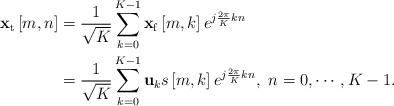
LaTeX: \begin{align*} \begin{aligned} {{\bf{x}}_{\rm t}}\left[ {m,n} \right] &= \frac{1}{{\sqrt K }}\sum\limits_{k = 0}^{K - 1} {{{\bf{x}}_{\rm f}}\left[ {m,k} \right]{e^{j\frac{{2\pi }}{K}kn}}}\\ &= \frac{1}{{\sqrt K }}\sum\limits_{k = 0}^{K - 1} {{{\bf{u}}_k}s\left[ {m,k} \right]{e^{j\frac{{2\pi }}{K}kn}}},\ n = 0, \cdots ,K - 1. \end{aligned} \end{align*}